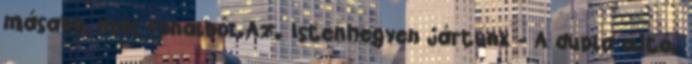
másabb, más fonalból.Az. Istenhegyen jártunk - A dupla ajtó.